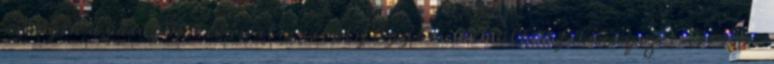
melyek a vásárló kívánalmaitól függően kerültek felhelyezésre. 1995 –